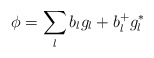
\begin{align*}\phi = \sum_l b_l g_l + b_l^+ g_l^* \end{align*}